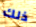
ذلك